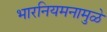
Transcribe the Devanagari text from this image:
भारनियमनामुळे